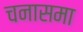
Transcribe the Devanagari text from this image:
चनासमा